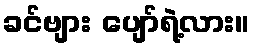
ခင်ဗျား ပျော်ရဲ့လား။